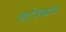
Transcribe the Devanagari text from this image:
हर्ट्जस्प्रंग